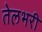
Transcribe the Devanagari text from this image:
तेलभरी